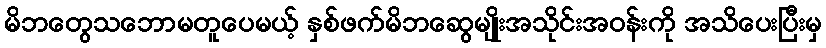
မိဘတွေသဘောမတူပေမယ့် နှစ်ဖက်မိဘဆွေမျိုးအသိုင်းအဝန်းကို အသိပေးပြီးမှ